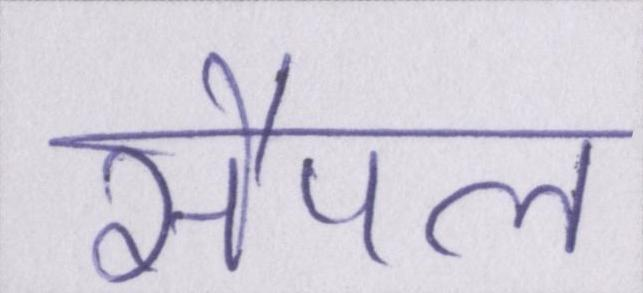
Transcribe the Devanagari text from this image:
सैंपल